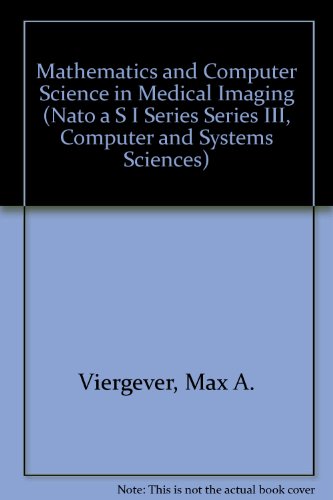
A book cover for Mathematics and Computer Science in Medical Imaging (Nato a S I Series Series III, Computer and Systems Sciences); Max A. Viergever; Medical Books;